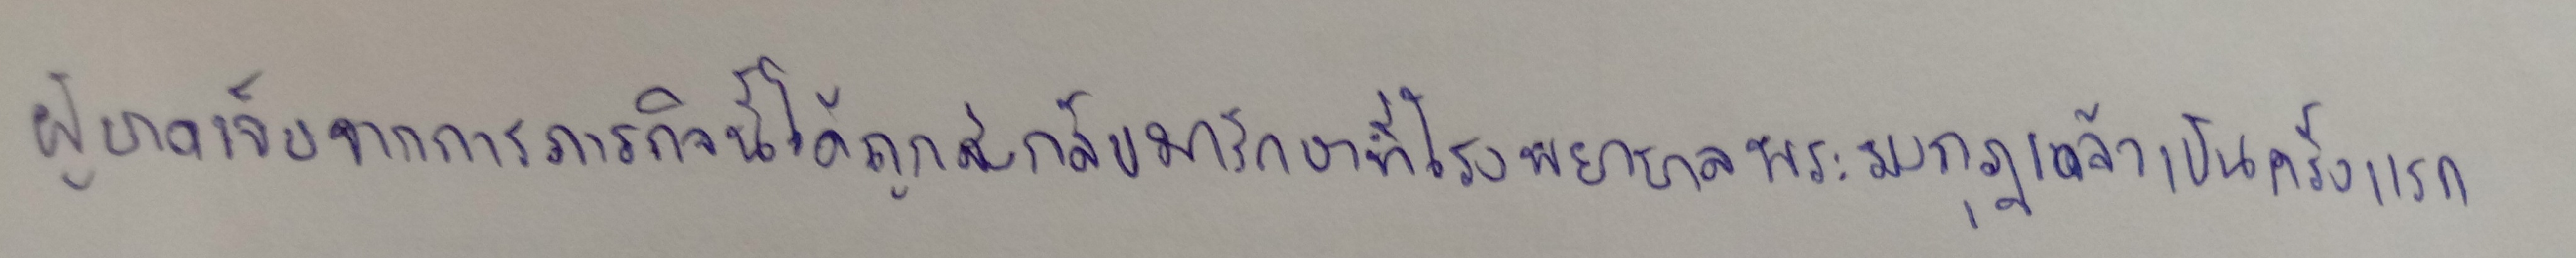
ผู้บาดเจ็บจากภารกิจนี้ได้ถูกส่งกลับมารักษาที่โรงพยาบาลพระมงกุฎเกล้าเป็นครั้งแรก